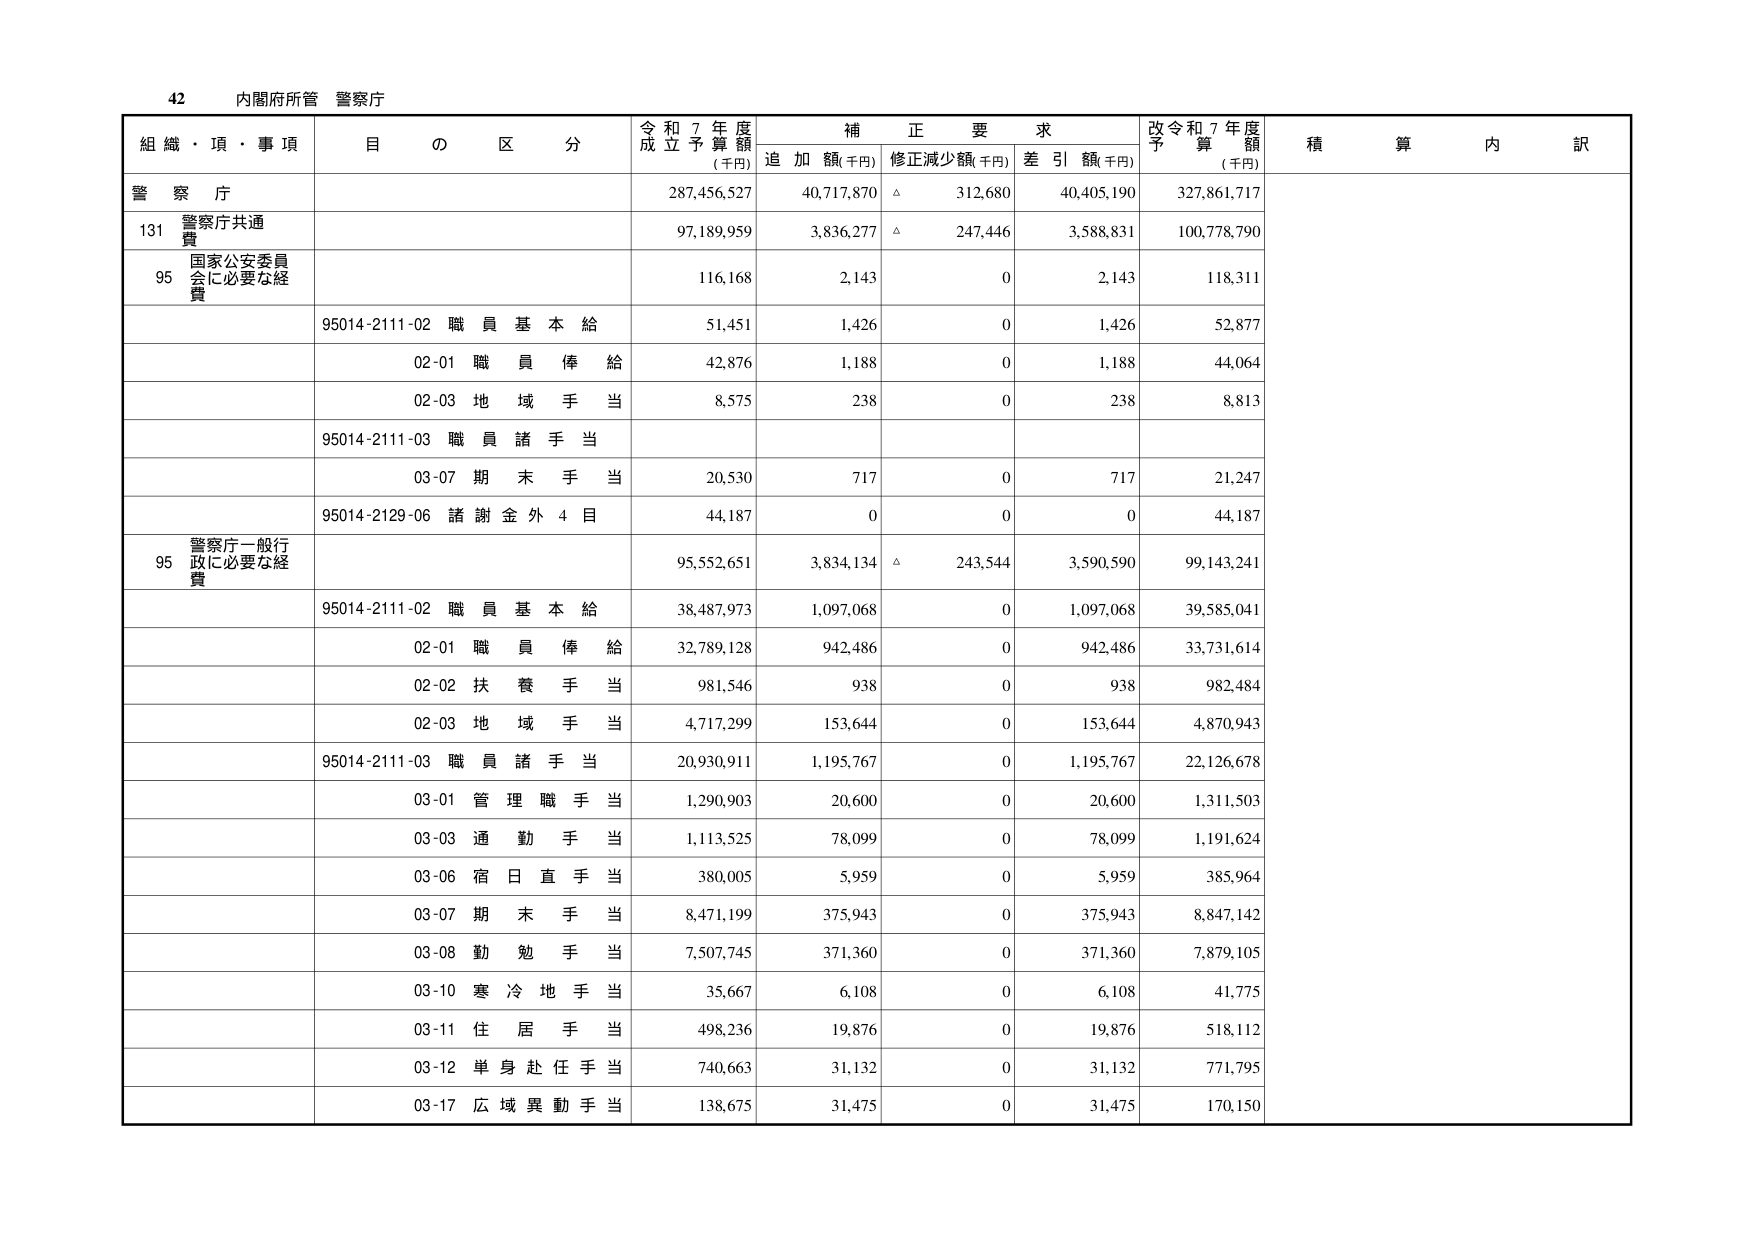
42 内閣府所管 警察庁

組織・項・事項 目の区分 令和7年度成立予算額(千円) 補正要求 追加額(千円) 修正減少額(千円) 差引額(千円) 改令和7年度予算額(千円) 積算内訳

警察庁 287,456,527 40,717,870 △ 312,680 40,405,190 327,861,717

131 警察庁共通費 97,189,959 3,836,277 △ 247,446 3,588,831 100,778,790

95 国家公安委員会に必要な経費 116,168 2,143 0 2,143 118,311

95014-2111-02 職員基本給 51,451 1,426 0 1,426 52,877

02-01 職員俸給 42,876 1,188 0 1,188 44,064

02-03 地域手当 8,575 238 0 238 8,813

95014-2111-03 職員諸手当

03-07 期末手当 20,530 717 0 717 21,247

95014-2129-06 諸謝金外4目 44,187 0 0 0 44,187

95 警察庁一般行政に必要な経費 95,552,651 3,834,134 △ 243,544 3,590,590 99,143,241

95014-2111-02 職員基本給 38,487,973 1,097,068 0 1,097,068 39,585,041

02-01 職員俸給 32,789,128 942,486 0 942,486 33,731,614

02-02 扶養手当 981,546 938 0 938 982,484

02-03 地域手当 4,717,299 153,644 0 153,644 4,870,943

95014-2111-03 職員諸手当 20,930,911 1,195,767 0 1,195,767 22,126,678

03-01 管理職手当 1,290,903 20,600 0 20,600 1,311,503

03-03 通勤手当 1,113,525 78,099 0 78,099 1,191,624

03-06 宿日直手当 380,005 5,959 0 5,959 385,964

03-07 期末手当 8,471,199 375,943 0 375,943 8,847,142

03-08 勤勉手当 7,507,745 371,360 0 371,360 7,879,105

03-10 寒冷地手当 35,667 6,108 0 6,108 41,775

03-11 住居手当 498,236 19,876 0 19,876 518,112

03-12 単身赴任手当 740,663 31,132 0 31,132 771,795

03-17 広域異動手当 138,675 31,475 0 31,475 170,150